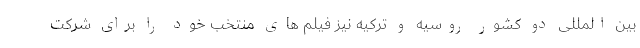
بین المللی دو کشور روسیه و ترکیه نیز فیلم های منتخب خود را برای شرکت